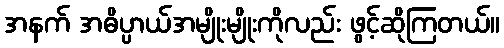
အနက် အဓိပ္ပာယ်အမျိုးမျိုးကိုလည်း ဖွင့်ဆိုကြတယ်။